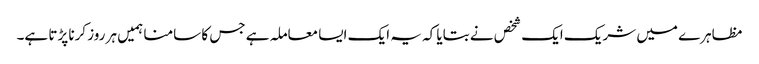
مظاہرے میں شریک ایک شخص نے بتایا کہ یہ ایک ایسا معاملہ ہے جس کا سامنا ہمیں ہر روز کرنا پڑتا ہے۔